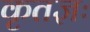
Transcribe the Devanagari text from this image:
कृतज्ञः